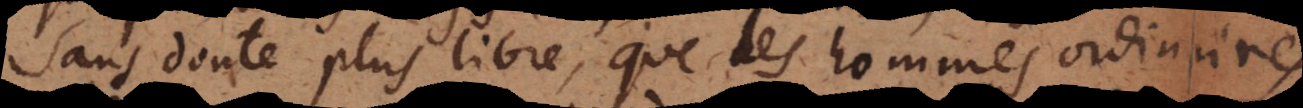
sans doute plus libre, que les hommes ordinaires.